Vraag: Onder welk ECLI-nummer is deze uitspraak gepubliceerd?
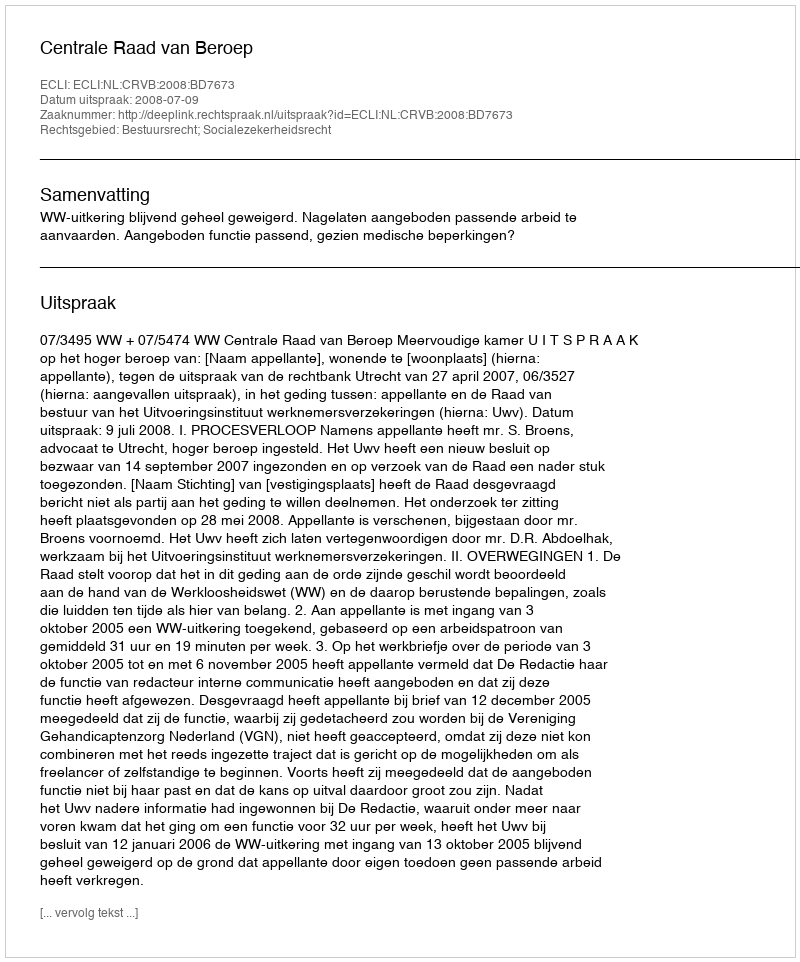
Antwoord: ECLI:NL:CRVB:2008:BD7673